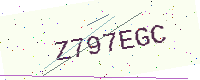
Text: Z797EGC